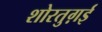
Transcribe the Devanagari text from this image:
शोरतुग़ई